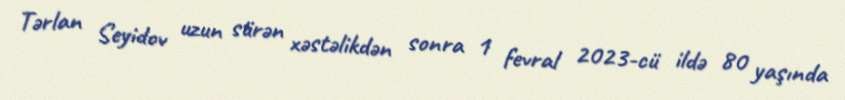
Tərlan Seyidov uzun sürən xəstəlikdən sonra 1 fevral 2023-cü ildə 80 yaşında